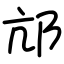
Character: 邟